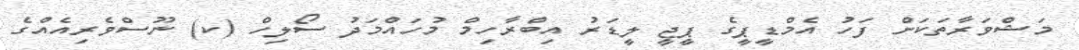
މަޝްވަރާތަކަށް ފަހު އެމްޑީޕީގެ ޕީޖީ ލީޑަރު އިބްރާހިމް މުހައްމަދު ސޯލިހް (ކ) ނޫސްވެރިއެއްގެ